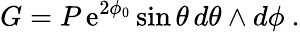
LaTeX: G=P\, {\mathrm{e}}^{2\phi_{0}}\sin\theta\, d\theta\wedge d\phi\ .